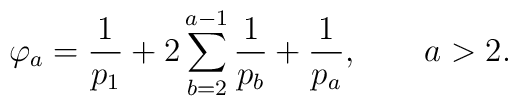
\varphi _a=\frac {1}{p_1}+2\sum _{b=2}^{a-1}\frac {1}{p_b}+\frac {1}{p_a}, \qquad a>2 .